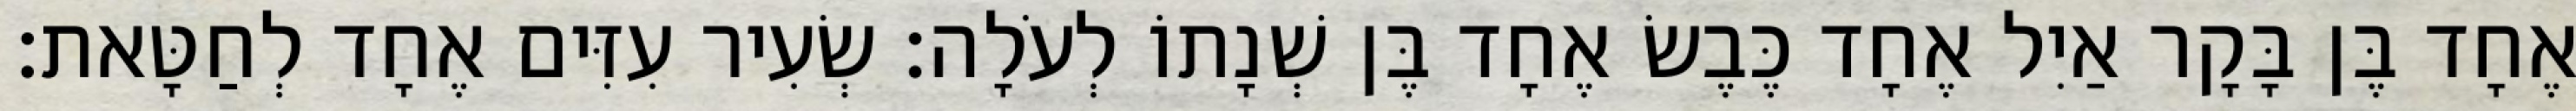
אֶחָד בֶּן בָּקָר אַיִל אֶחָד כֶּבֶשׂ אֶחָד בֶּן שְׁנָתוֹ לְעֹלָה׃ שְׂעִיר עִזִּים אֶחָד לְחַטָּאת׃